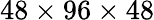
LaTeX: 48\times 96\times 48